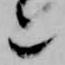
也